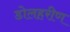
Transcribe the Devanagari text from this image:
डोलहरीण